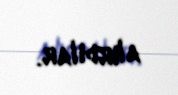
alırdılar.